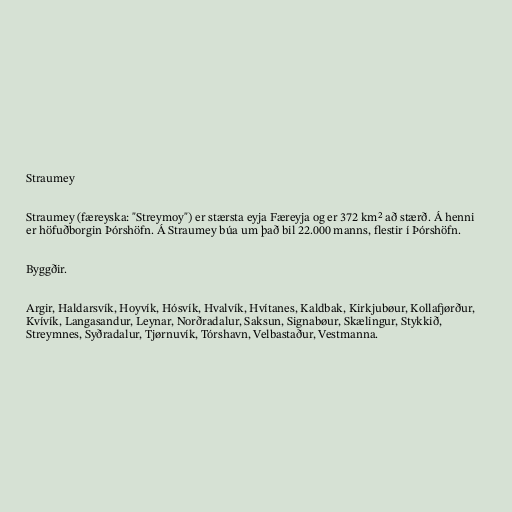
Straumey

Straumey (færeyska: "Streymoy") er stærsta eyja Færeyja og er 372 km² að stærð. Á henni
er höfuðborgin Þórshöfn. Á Straumey búa um það bil 22.000 manns, flestir í Þórshöfn.

Byggðir.

Argir, Haldarsvík, Hoyvík, Hósvík, Hvalvík, Hvítanes, Kaldbak, Kirkjubøur, Kollafjørður,
Kvívík, Langasandur, Leynar, Norðradalur, Saksun, Signabøur, Skælingur, Stykkið,
Streymnes, Syðradalur, Tjørnuvík, Tórshavn, Velbastaður, Vestmanna.